Vaccination in Burma 1912-1922 - 1912-1922
Year: 1912
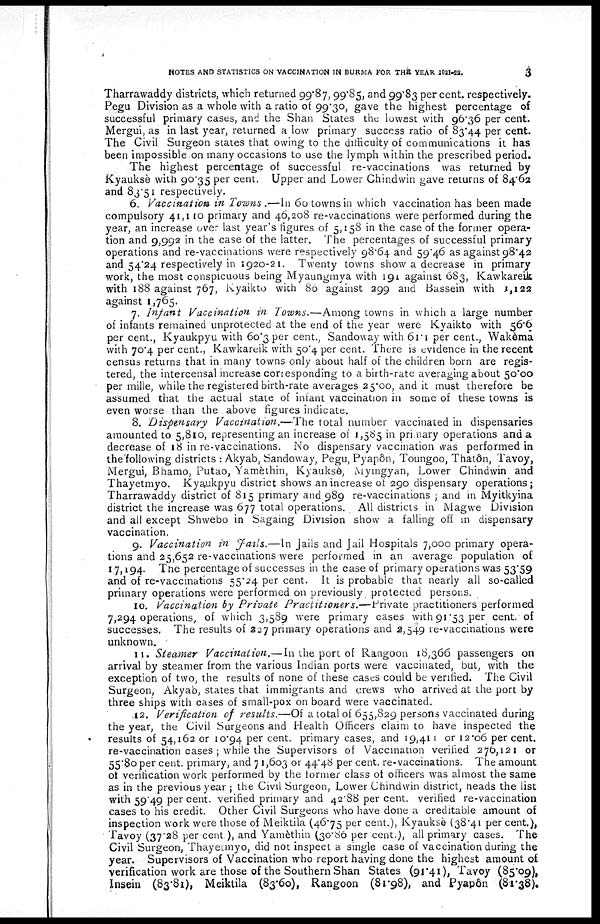
NOTES AND STATISTICS ON VACCINATION IN BURMA FOR THE YEAR 1921-22.
3
Tharrawaddy districts, which returned 99.87, 99.85, and 99.83 per cent. respectively.
Pegu Division as a whole with a ratio of 99.30, gave the highest percentage of
successful primary cases, and the Shan States the lowest with 96.36 per cent.
Mergui, as in last year, returned a low primary success ratio of 83.44 per cent.
The Civil Surgeon states that owing to the difficulty of communications it has
been impossible on many occasions to use the lymph within the prescribed period.
The highest percentage of successful re-vaccinations was returned by
Kyauksè with 90.35 per cent. Upper and Lower Chindwin gave returns of 84.62
and 83.51 respectively.
6. Vaccination in Towns .—In 60 towns in which vaccination has been made
compulsory 41,110 primary and 46,208 re-vaccinations were performed during the
year, an increase over last year's figures of 5,158 in the case of the former opera-
tion and 9,992 in the case of the latter. The percentages of successful primary
operations and re-vaccinations were respectively 98.64 and 59.46 as against 98.42
and 54.24 respectively in 1920-21. Twenty towns show a decrease in primary
work, the most conspicuous being Myaungmya with 191 against 683, Kawkareik
with 188 against 767, Kyaikto with 86 against 299 and Bassein with 1,122
against 1,765.
7. Infant Vaccination in Towns.—Among towns in which a large number
of infants remained unprotected at the end of the year were Kyaikto with 56.6
per cent., Kyaukpyu with 60.3 per cent., Sandoway with 61.1 per cent., Wakèma
with 70.4 per cent., Kawkareik with 50.4 per cent. There is evidence in the recent
census returns that in many towns only about half of the children born are regis-
tered, the intercensal increase corresponding to a birth-rate averaging about 50.00
per mille, while the registered birth-rate averages 25.00, and it must therefore be
assumed that the actual state of infant vaccination in some of these towns is
even worse than the above figures indicate.
8. Dispensary Vaccination.—The total number vaccinated in dispensaries
amounted to 5,810, representing an increase of 1,585 in primary operations and a
decrease of 18 in re-vaccinations. No dispensary vaccination was performed in
the following districts : Akyab, Sandoway, Pegu, Pyapôn, Toungoo, Thatôn, Tavoy,
Mergui, Bhamo, Putao, Yamèthin, Kyauksè Myingyan, Lower Chindwin and
Thayetmyo. Kyaukpyu district shows an increase of 290 dispensary operations;
Tharrawaddy district of 815 primary and 989 re-vaccinations ; and in Myitkyina
district the increase was 677 total operations. All districts in Magwe Division
and all except Shwebo in Sagaing Division show a falling off in dispensary
vaccination.
9. Vaccination in Fails.—In Jails and Jail Hospitals 7,000 primary opera-
tions and 25,652 re-vaccinations were performed in an average population of
17,194. The percentage of successes in the case of primary operations was 53.59
and of re-vaccinations 55.24 per cent. It is probable that nearly all so-called
primary operations were performed on previously protected persons.
10. Vaccination by Private Practitioners.—Private practitioners performed
7,294 operations, of which 3,589 were primary cases with 91.53 per cent. of
successes. The results of 227 primary operations and 2,549 re-vaccinations were
unknown.
11. Steamer Vaccination.— In the port of Rangoon 18,366 passengers on
arrival by steamer from the various Indian ports were vaccinated, but, with the
exception of two, the results of none of these cases could be verified. The Civil
Surgeon, Akyab, states that immigrants and crews who arrived at the port by
three ships with cases of small-pox on board were vaccinated.
12. Verification of results.—Of a total of 655,829 persons vaccinated during
the year, the Civil Surgeons and Health Officers claim to have inspected the
results of 54,162 or 10.94 per cent. primary cases, and 19,411 or 12.06 per cent.
re-vaccination cases ; while the Supervisors of Vaccination verified 276,121 or
55.80 per cent. primary, and 71,603 or 44.48 per cent. re-vaccinations. The amount
of verification work performed by the former class of officers was almost the same
as in the previous year ; the Civil Surgeon, Lower Chindwin district, heads the list
with 59.49 per cent. verified primary and 42.88 per cent. verified re-vaccination
cases to his credit. Other Civil Surgeons who have done a creditable amount of
inspection work were those of Meiktila (46.75 per cent.), Kyauksè (38.41 per cent.),
Tavoy (37.28 per cent), and Yamèthin (30.86 per cent.), all primary cases. The
Civil Surgeon, Thayetmyo, did not inspect a single case of vaccination during the
year. Supervisors of Vaccination who report having done the highest amount of
verification work are those of the Southern Shan States (91.41), Tavoy (85.09),
Insein (83.81), Meiktila (83.60), Rangoon (81.98), and Pyapôn (81.38).